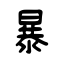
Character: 暴